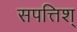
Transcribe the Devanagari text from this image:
सपत्तिश्